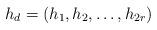
LaTeX: \begin{align*} h_d=(h_1, h_2,\ldots,h_{2r})\end{align*}